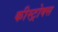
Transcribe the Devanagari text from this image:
कीस्ट्रोक्स